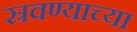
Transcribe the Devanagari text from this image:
स्रवण्याच्या